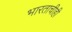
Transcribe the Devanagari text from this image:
भारताचीही